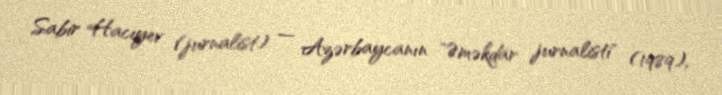
Sabir Hacıyev (jurnalist) — Azərbaycanın "Əməkdar jurnalisti" (1989),